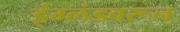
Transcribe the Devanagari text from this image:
इंग्लंडवरून